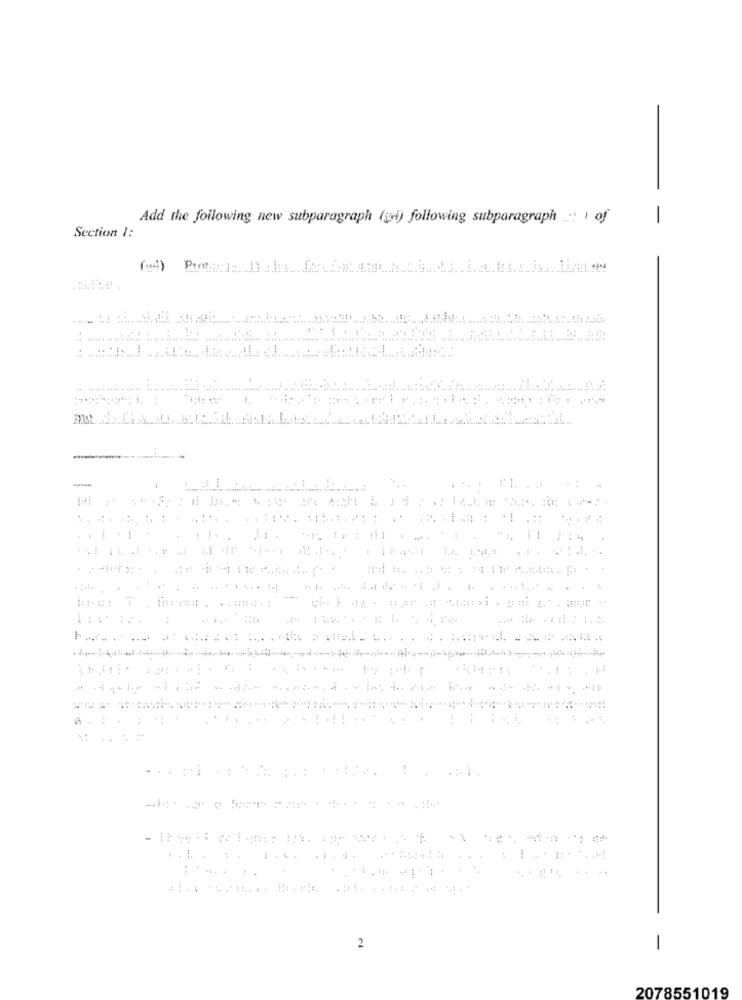
Add the following new subparagraph (pi) following subparagraph ..: ) of
-
Section 1:
: 1
....
.....----------
.. 1.
2
-
2078551019